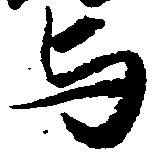
与